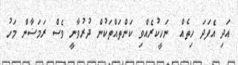
އަދި އެފަދަ ހިތެއް  ނަހީކުރެއްވި ކަންތައްތަކުން ދުރުވާނީ ވެސް ރަމަޟާން މަހު